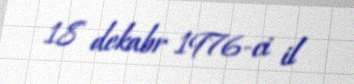
18 dekabr 1976-ci il